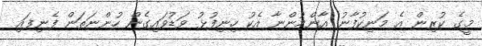
މީގެ ކުރިން އެ މަނިކުފާނު އާންމުންނާ އެކު ހިނިފުޅު ވަޑުވައިގެން ހުންނަތަން ފެނިފައި